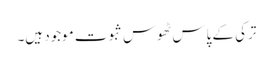
ترکی کے پاس ٹھوس ثبوت موجود ہیں۔